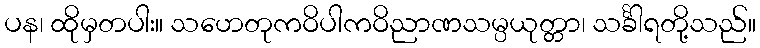
ပန၊ ထိုမှတပါး။ သဟေတုကဝိပါကဝိညာဏသမ္ပယုတ္တာ၊ သင်္ခါရတို့သည်။